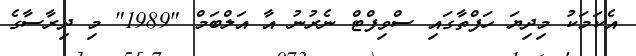
އެކަމަކު މިދިޔަ ހަފްތާގައި ސްވިފްޓް ނެރުނު އާ އަލްބަމް "1989" މި ދިރާސާގެ